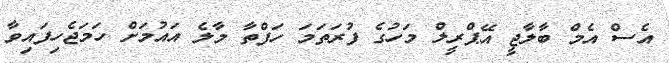
އެސް އެމް ބާލާޖީ އޭޕްރީލް މަހުގެ ފުރަތަމަ ހަފްތާ މާލެ އައުމަށް ހަމަޖެހިފައިވާ